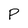
Character: P